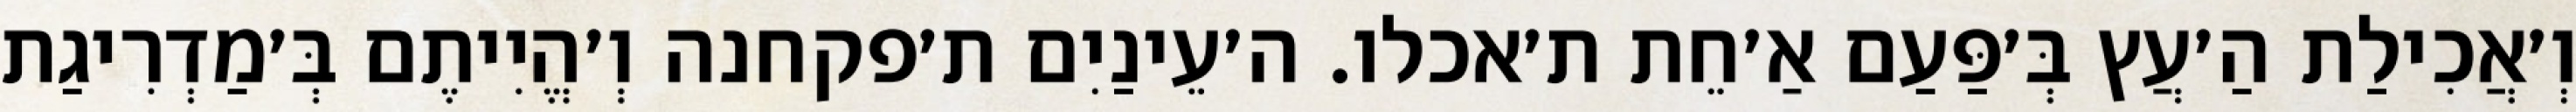
וְ׳אֲכִילַת הַ׳עֲץ בְּ׳פַּעַם אַ׳חֵת ת׳אכלו. ה׳עֵינַיִם ת׳פקחנה וְ׳הֱיִיתֶם בְּ׳מַדְרִיגַת